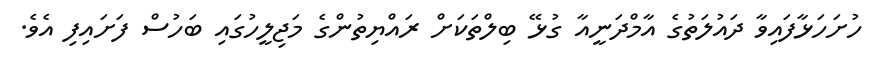
ހުށަހަޅާފައިވާ ދައުލަތުގެ އާމްދަނީއާ ގުޅޭ ބިލްތަކަށް ރައްޔިތުންގެ މަޖިލީހުގައި ބަހުސް ފަށައިފި އެވެ.